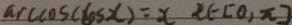
\arccos ( \cos x ) = x , x \in [ 0 , \pi ]